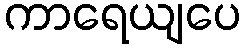
ကာရေယျပေ